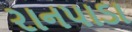
રાનપાડા